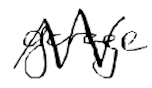
Text: garage
Cross-out: zig-zag
Writing tool: digital_black